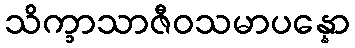
သိက္ခာသာဇီဝသမာပန္နော